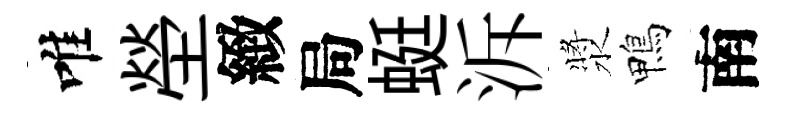
唯塋緻局蜓泝漿鴨南